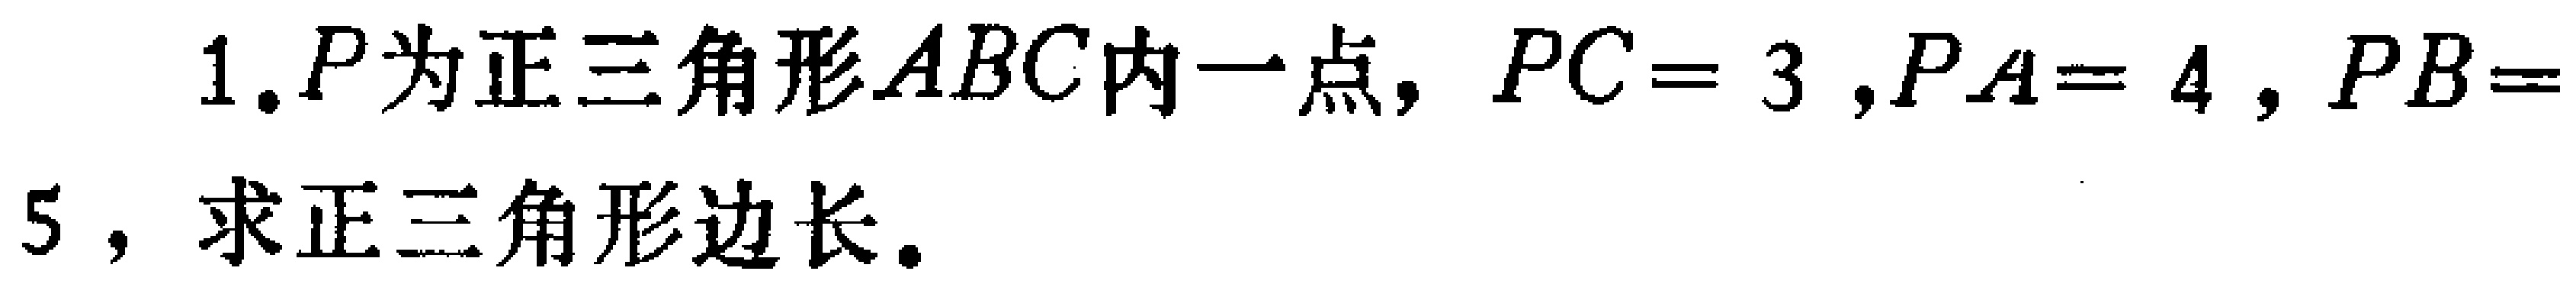
1. \(P\)为正三角形\(ABC\)内一点，\(PC = 3\)，\(PA = 4\)，\(PB = 5\)，求正三角形边长。